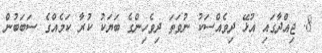
8. ޖިއްދާގައި އުޅޭ ދިވެއްސަކު ނުވަތަ ދިވެހިންގެ ބަޔަކު ކުރާ ކަމެއްގެ ސަބަބުން